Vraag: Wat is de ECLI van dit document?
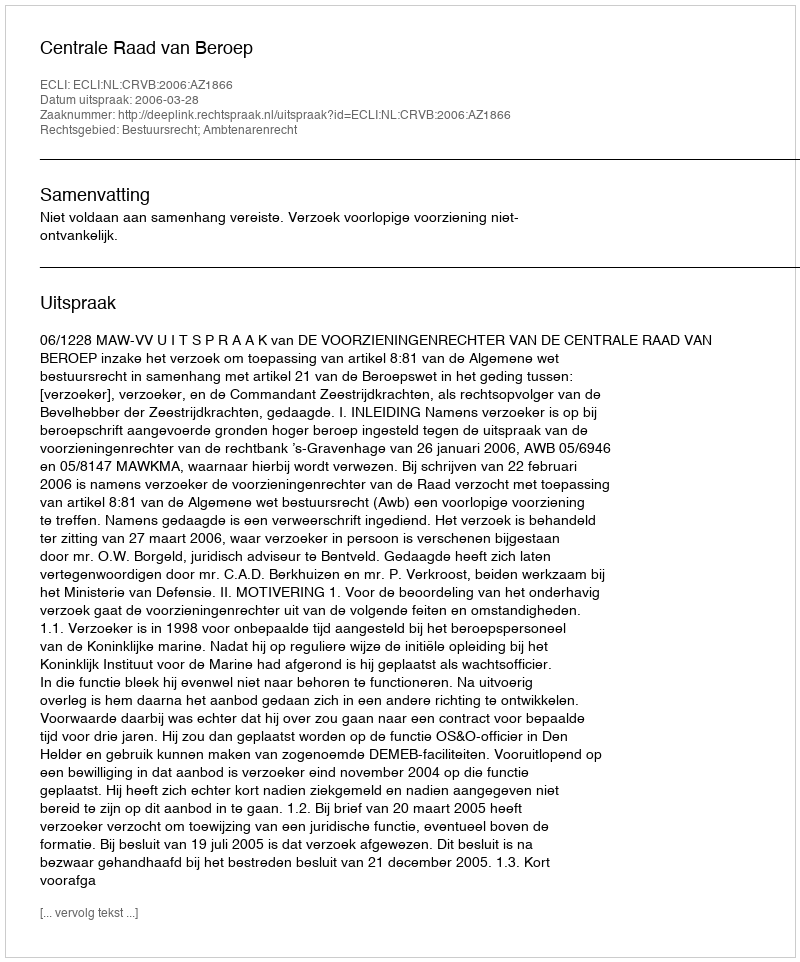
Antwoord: ECLI:NL:CRVB:2006:AZ1866